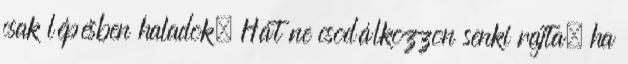
csak lépésben haladok. Hát ne csodálkozzon senki rajta, ha